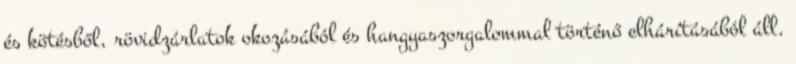
és kötésből, rövidzárlatok okozásából és hangyaszor­galommal történő elhárításából áll.